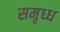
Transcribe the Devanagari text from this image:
समृध्ध